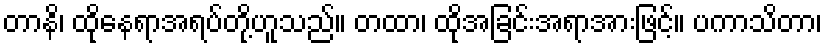
တာနိ၊ ထိုနေရာအရပ်တို့ဟူသည်။ တထာ၊ ထိုအခြင်းအရာအားဖြင့်။ ပကာသိတာ၊